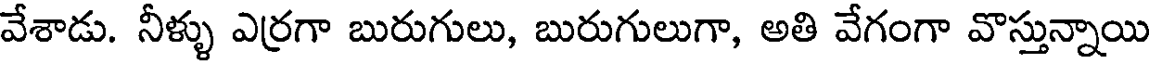
వేశాడు. నీళ్ళు ఎర్రగా బురుగులు, బురుగులుగా, అతి వేగంగా వొస్తున్నాయి